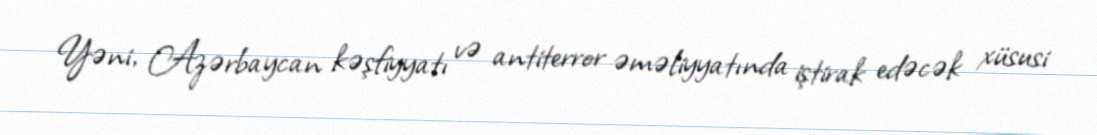
Yəni, Azərbaycan kəşfiyyatı və antiterror əməliyyatında iştirak edəcək xüsusi